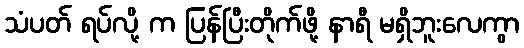
သံပတ် ရပ်လို့ က ပြန်ပြီးတိုက်ဖို့ နာရီ မရှိဘူးလေကွာ